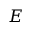
E